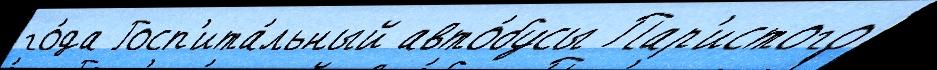
го́да Госп'ита́льный авто́бусы Пар'истого